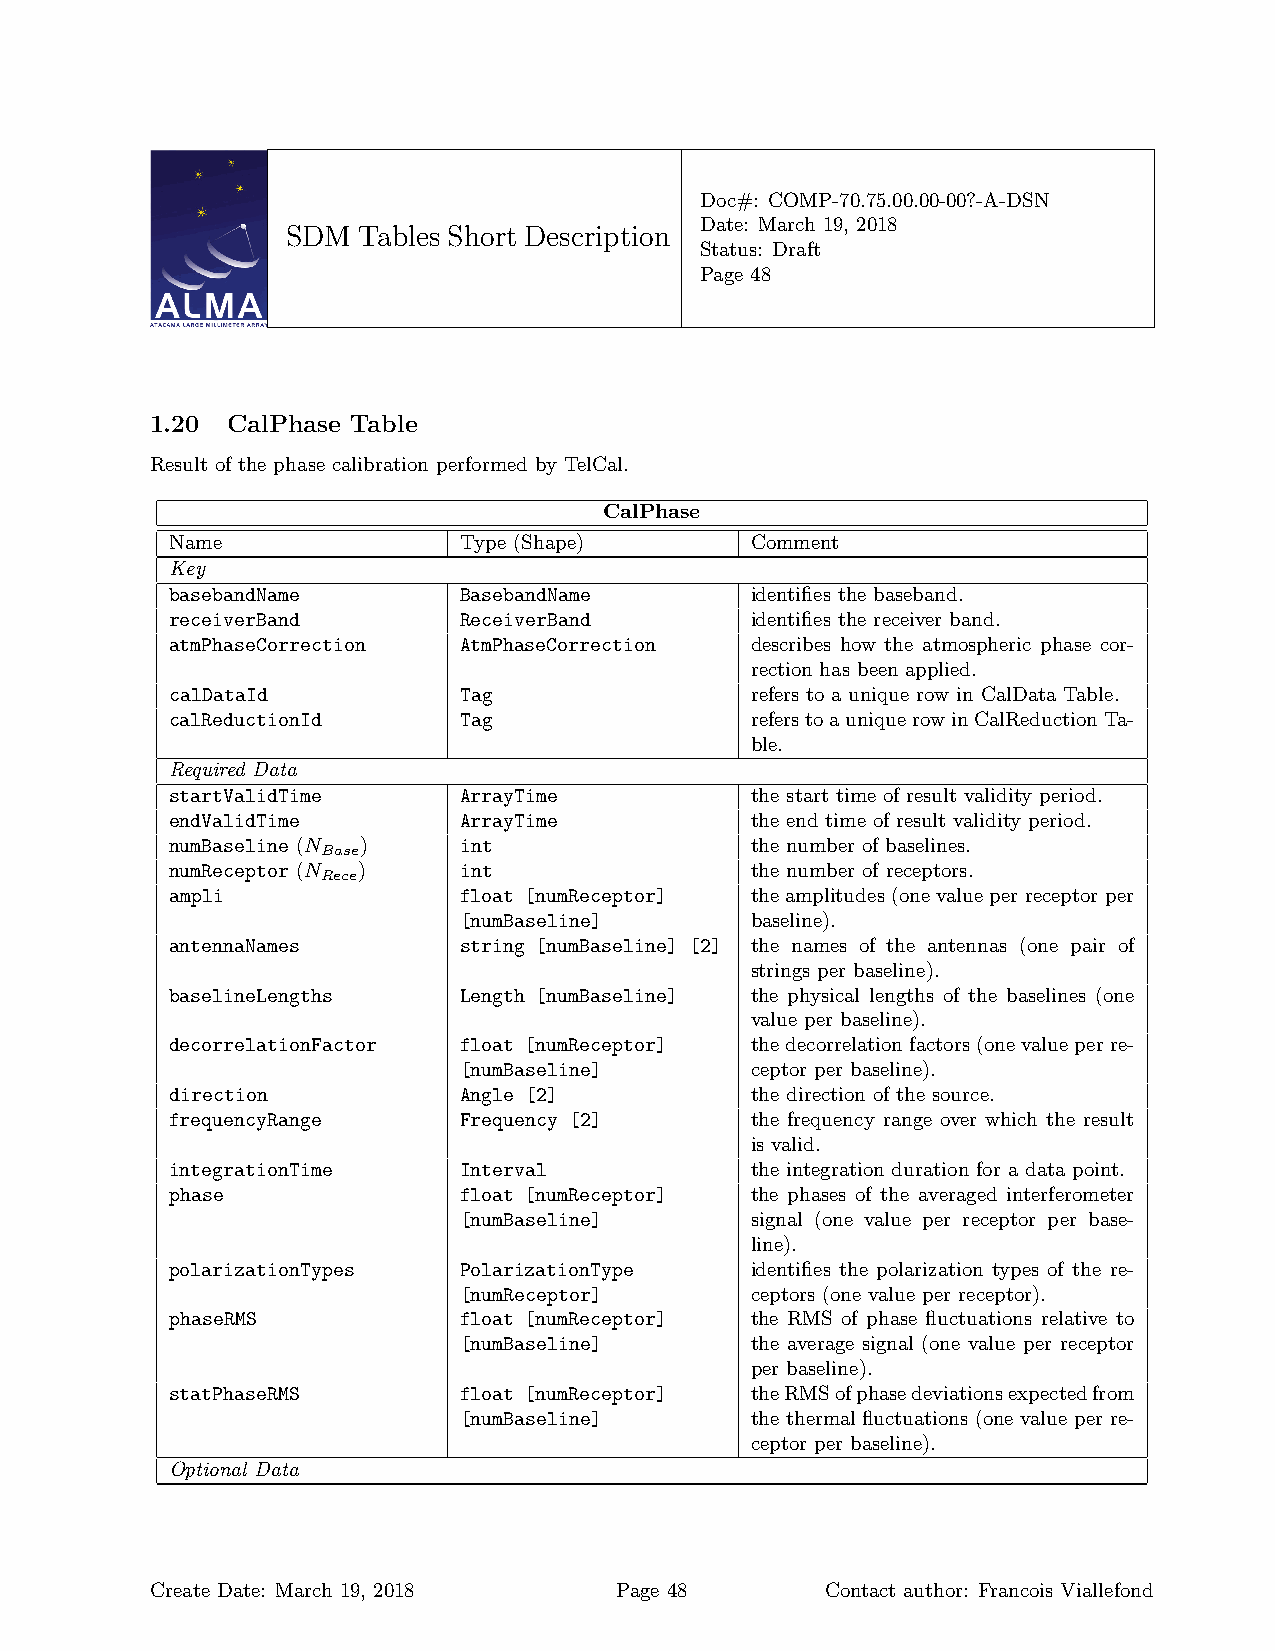
Doc#: COMP-70.75.00.00-00?-A-DSN
 Date: March 19, 2018
 SDM  Tables Short Description
 Status: Draft
 Page 48
 1.20 CalPhase Table
 Result of the phase calibration performed by TelCal.
 CalPhase
 Name               Type (Shape)        Comment
 Key
 basebandName       BasebandName        identifies the baseband.
 receiverBand       ReceiverBand        identifies the receiver band.
 atmPhaseCorrection AtmPhaseCorrection  describes how the atmospheric phase cor-
 rection has been applied.
 calDataId          Tag                 refers to a unique row in CalData Table.
 calReductionId     Tag                 referstoauniquerowinCalReductionTa-
 ble.
 Required Data
 startValidTime     ArrayTime           the start time of result validity period.
 endValidTime       ArrayTime           the end time of result validity period.
 numBaseline (N )   int                 the number of baselines.
 Base
 numReceptor (N )   int                 the number of receptors.
 Rece
 ampli              float [numReceptor] theamplitudes(onevalueperreceptorper
 [numBaseline]       baseline).
 antennaNames       string [numBaseline] [2] the names of the antennas (one pair of
 strings per baseline).
 baselineLengths    Length [numBaseline] the physical lengths of the baselines (one
 value per baseline).
 decorrelationFactor float [numReceptor] thedecorrelationfactors(onevalueperre-
 [numBaseline]       ceptor per baseline).
 direction          Angle [2]           the direction of the source.
 frequencyRange     Frequency [2]       the frequency range over which the result
 is valid.
 integrationTime    Interval            the integration duration for a data point.
 phase              float [numReceptor] the phases of the averaged interferometer
 [numBaseline]       signal (one value per receptor per base-
 line).
 polarizationTypes  PolarizationType    identifies the polarization types of the re-
 [numReceptor]       ceptors (one value per receptor).
 phaseRMS           float [numReceptor] the RMS of phase fluctuations relative to
 [numBaseline]       the average signal (one value per receptor
 per baseline).
 statPhaseRMS       float [numReceptor] theRMSofphasedeviationsexpectedfrom
 [numBaseline]       the thermal fluctuations (one value per re-
 ceptor per baseline).
 Optional Data
 Create Date: March 19, 2018    Page 48       Contact author: Francois Viallefond